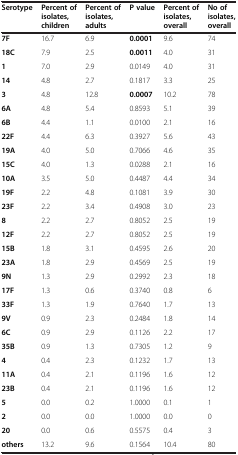
<table><thead><tr><td><b>Serotype</b></td><td><b>Percent of isolates, children</b></td><td><b>Percent of isolates, adults</b></td><td><b>P value</b></td><td><b>Percent of isolates, overall</b></td><td><b>No of isolates, overall</b></td></tr></thead><tbody><tr><td><b>7F</b></td><td>16.7</td><td>6.9</td><td><b>0.0001</b></td><td>9.6</td><td>74</td></tr><tr><td><b>18C</b></td><td>7.9</td><td>2.5</td><td><b>0.0011</b></td><td>4.0</td><td>31</td></tr><tr><td><b>1</b></td><td>7.0</td><td>2.9</td><td>0.0149</td><td>4.0</td><td>31</td></tr><tr><td><b>14</b></td><td>4.8</td><td>2.7</td><td>0.1817</td><td>3.3</td><td>25</td></tr><tr><td><b>3</b></td><td>4.8</td><td>12.8</td><td><b>0.0007</b></td><td>10.2</td><td>78</td></tr><tr><td><b>6A</b></td><td>4.8</td><td>5.4</td><td>0.8593</td><td>5.1</td><td>39</td></tr><tr><td><b>6B</b></td><td>4.4</td><td>1.1</td><td>0.0100</td><td>2.1</td><td>16</td></tr><tr><td><b>22F</b></td><td>4.4</td><td>6.3</td><td>0.3927</td><td>5.6</td><td>43</td></tr><tr><td><b>19A</b></td><td>4.0</td><td>5.0</td><td>0.7066</td><td>4.6</td><td>35</td></tr><tr><td><b>15C</b></td><td>4.0</td><td>1.3</td><td>0.0288</td><td>2.1</td><td>16</td></tr><tr><td><b>10A</b></td><td>3.5</td><td>5.0</td><td>0.4487</td><td>4.4</td><td>34</td></tr><tr><td><b>19F</b></td><td>2.2</td><td>4.8</td><td>0.1081</td><td>3.9</td><td>30</td></tr><tr><td><b>23F</b></td><td>2.2</td><td>3.4</td><td>0.4908</td><td>3.0</td><td>23</td></tr><tr><td><b>8</b></td><td>2.2</td><td>2.7</td><td>0.8052</td><td>2.5</td><td>19</td></tr><tr><td><b>12F</b></td><td>2.2</td><td>2.7</td><td>0.8052</td><td>2.5</td><td>19</td></tr><tr><td><b>15B</b></td><td>1.8</td><td>3.1</td><td>0.4595</td><td>2.6</td><td>20</td></tr><tr><td><b>23A</b></td><td>1.8</td><td>2.9</td><td>0.4569</td><td>2.5</td><td>19</td></tr><tr><td><b>9N</b></td><td>1.3</td><td>2.9</td><td>0.2992</td><td>2.3</td><td>18</td></tr><tr><td><b>17F</b></td><td>1.3</td><td>0.6</td><td>0.3740</td><td>0.8</td><td>6</td></tr><tr><td><b>33F</b></td><td>1.3</td><td>1.9</td><td>0.7640</td><td>1.7</td><td>13</td></tr><tr><td><b>9V</b></td><td>0.9</td><td>2.3</td><td>0.2484</td><td>1.8</td><td>14</td></tr><tr><td><b>6C</b></td><td>0.9</td><td>2.9</td><td>0.1126</td><td>2.2</td><td>17</td></tr><tr><td><b>35B</b></td><td>0.9</td><td>1.3</td><td>0.7305</td><td>1.2</td><td>9</td></tr><tr><td><b>4</b></td><td>0.4</td><td>2.3</td><td>0.1232</td><td>1.7</td><td>13</td></tr><tr><td><b>11A</b></td><td>0.4</td><td>2.1</td><td>0.1196</td><td>1.6</td><td>12</td></tr><tr><td><b>23B</b></td><td>0.4</td><td>2.1</td><td>0.1196</td><td>1.6</td><td>12</td></tr><tr><td><b>5</b></td><td>0.0</td><td>0.2</td><td>1.0000</td><td>0.1</td><td>1</td></tr><tr><td><b>2</b></td><td>0.0</td><td>0.0</td><td>1.0000</td><td>0.0</td><td>0</td></tr><tr><td><b>20</b></td><td>0.0</td><td>0.6</td><td>0.5575</td><td>0.4</td><td>3</td></tr><tr><td><b>others</b></td><td>13.2</td><td>9.6</td><td>0.1564</td><td>10.4</td><td>80</td></tr></tbody></table>